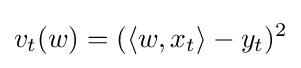
v_{t}(w)=(\langle w,x_{t}\rangle -y_{t})^{2}